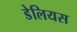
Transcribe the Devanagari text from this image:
डेलियस